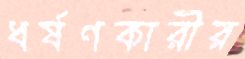
ধর্ষণকারীর